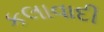
કલાવાદી